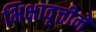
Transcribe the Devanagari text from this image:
भिक्षावृत्तीने